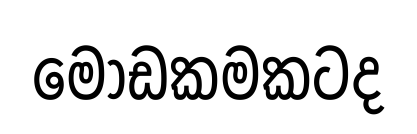
මෝඩකමකටද